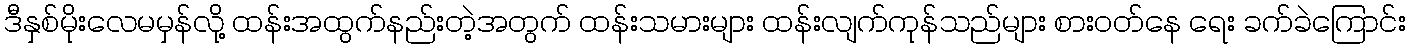
ဒီနှစ်မိုးလေမမှန်လို့ ထန်းအထွက်နည်းတဲ့အတွက် ထန်းသမားများ ထန်းလျက်ကုန်သည်များ စားဝတ်နေ ရေး ခက်ခဲကြောင်း